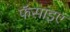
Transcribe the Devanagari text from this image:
फॅसाइए